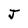
Character: J